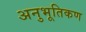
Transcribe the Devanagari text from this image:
अनुभूतिकण